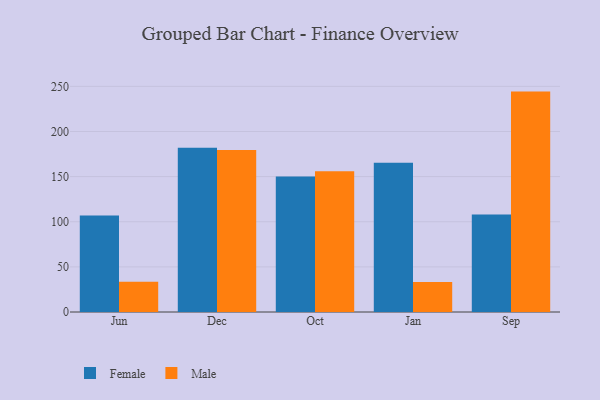
{"axis": {"x": "Month", "y": "Market Share (%)"}, "legend": ["Female", "Male"], "data": [{"x": "Jun", "y": 106.9, "type": "Female"}, {"x": "Jun", "y": 33.6, "type": "Male"}, {"x": "Dec", "y": 182.0, "type": "Female"}, {"x": "Dec", "y": 179.6, "type": "Male"}, {"x": "Oct", "y": 150.2, "type": "Female"}, {"x": "Oct", "y": 156.0, "type": "Male"}, {"x": "Jan", "y": 165.3, "type": "Female"}, {"x": "Jan", "y": 33.3, "type": "Male"}, {"x": "Sep", "y": 108.1, "type": "Female"}, {"x": "Sep", "y": 244.2, "type": "Male"}]}